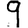
Digit: 9